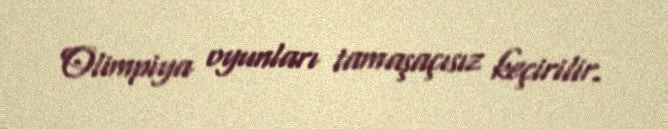
Olimpiya oyunları tamaşaçısız keçirilir.